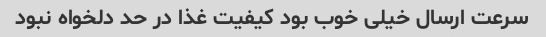
سرعت ارسال خیلی خوب بود کیفیت غذا در حد دلخواه نبود